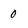
Character: 0